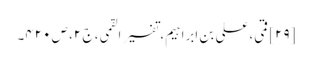
[۲۹] قمی، علی بن ابراہیم، تفسیر القمی، ج ۲، ص ۴۲۰۔